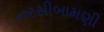
નરસીબામણી